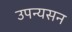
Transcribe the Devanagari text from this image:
उपन्यसन